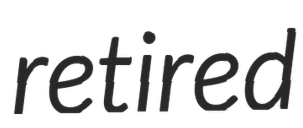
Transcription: retired